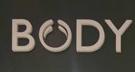
body